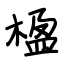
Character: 楹